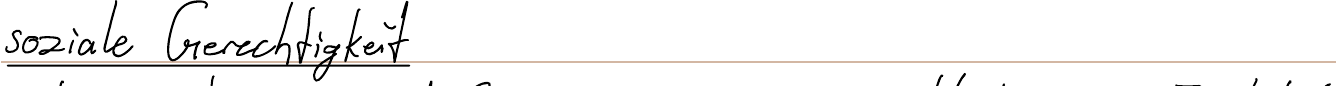
soziale Gerechtigkeit